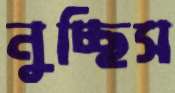
নুচ্ছিস